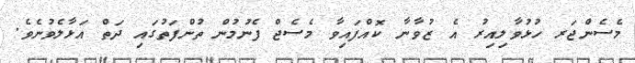
މެސެންޖަރ ހުޅުވާލިއިރު އެ ޒުވާނާ ކޮއްފައިވާ މެސެޖް ފެނުމުން ތުންފަތުގައި ދަތް އަޅާލެވުނެވެ.